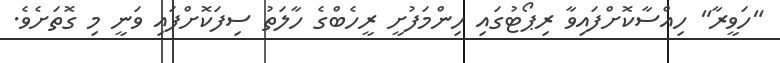
"ހަވީރާ" ހިއްސާކޮށްފައިވާ ރިޕޯޓުގައި ހިންމަފުށީ ރީހެބްގެ ހާލަތު ސިފަކޮށްފައި ވަނީ މި ގޮތަށެވެ.